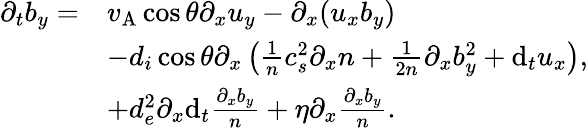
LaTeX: \begin{array}{rl}{\partial_{t}b_{y}=}&{v_{\mathrm{A}}\cos\theta\partial_{x}u_{y}-\partial_{x}(u_{x}b_{y})}\\ &{-d_{i}\cos\theta\partial_{x}\left(\frac{1}{n}c_{s}^{2}\partial_{x}n+\frac{1}{2n}\partial_{x}b_{y}^{2}+\mathrm{d}_{t}u_{x}\right),}\\ &{+d_{e}^{2}\partial_{x}\mathrm{d}_{t}\frac{\partial_{x}b_{y}}{n}+\eta\partial_{x}\frac{\partial_{x}b_{y}}{n}.}\end{array}